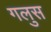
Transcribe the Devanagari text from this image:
गलुस